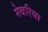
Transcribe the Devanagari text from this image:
नेवरिया